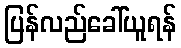
ပြန်လည်ခေါ်ယူရန်